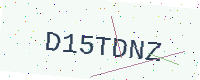
Text: D15TDNZ